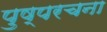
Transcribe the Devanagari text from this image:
पुष्परचना